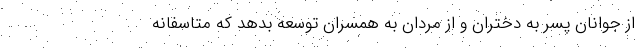
از جوانان پسر به دختران و از مردان به همسران توسعه بدهد که متاسفانه